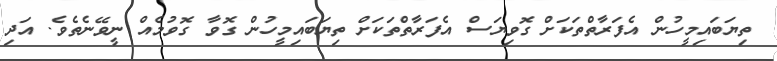
ތިޔަބައިމީހުން އެފަރާތްތަކަށް ގޮވިޔަސް އެފަރާތްތަކަށް ތިޔަބައިމީހުން ގޮވާ ގޮވުމެއް ނީވޭނެތެވެ. އަދި